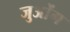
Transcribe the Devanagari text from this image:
जुओंग